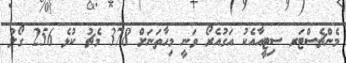
މެންޗެސްޓަރ ސިޓީއާއެކު އަގުއެރޯ ވަނީ މިހާތަނަށް 378 މެޗު ކުޅެ 256 ގޯލު